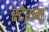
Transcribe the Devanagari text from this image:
स्टेशन्